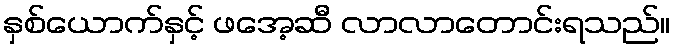
နှစ်ယောက်နှင့် ဖအေ့ဆီ လာလာတောင်းရသည်။